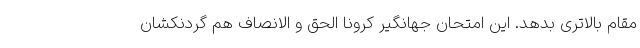
مقام بالاتری بدهد. این امتحان جهانگیر کرونا الحق و الانصاف هم گردنکشان